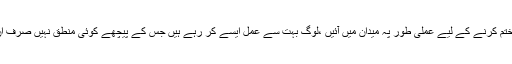
ہر مسلمان بھائی کا یہ دینی فریضہ ہے کہ علم کو عام کریں اور جہالت کا اندھیرا ختم کرنے کے لیے عملی طور پہ میدان میں آئیں ،لوگ بہت سے عمل ایسے کر رہے ہیں جس کے پیچھے کوئی منطق نہیں صرف ان کو پوائنٹ آؤٹ کرنے کی دیر ہے معاشرے سے وہ جہالت ختم کی جاسکتی ہے۔